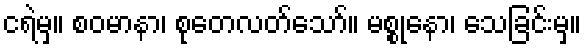
ငရဲမှ။ စဝမာနာ၊ စုတေလတ်သော်။ မစ္စုနော၊ သေခြင်းမှ။